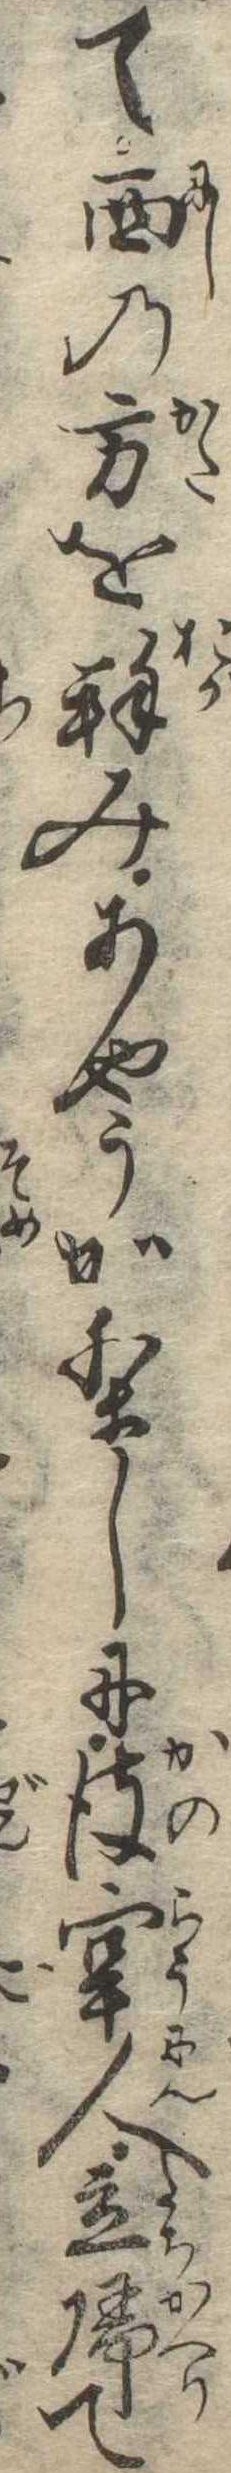
て西の方を拝みあやうかりしに彼牢人立帰て